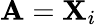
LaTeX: \mathbf{A}=\mathbf{X}_{i}